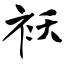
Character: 袄